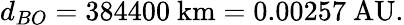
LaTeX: d_{BO}=384400{\mathrm{~km}}=0.00257{\mathrm{~AU}}.